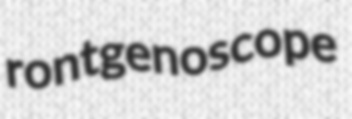
rontgenoscope